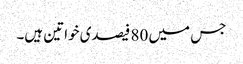
جس میں 80 فیصدی خواتین ہیں۔